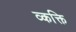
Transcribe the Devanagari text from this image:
व्कक्ति